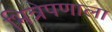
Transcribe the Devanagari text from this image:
भित्रेपणाला